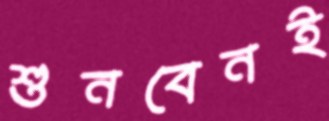
শুনবেনই